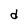
Character: d